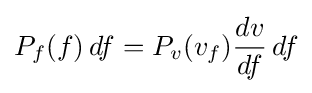
P_{f}(f)\,df=P_{v}(v_{f}){\frac {dv}{df}}\,df